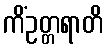
ကိံဥတ္တရာတိ